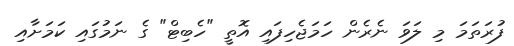
ފުރަތަމަ މި ލަވަ ނެރެން ހަމަޖެހިފައި އޮތީ "ހެބިޓް" ގެ ނަމުގައި ކަމަށާއި